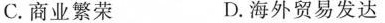
C.商业繁荣 D.海外贸易发达